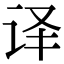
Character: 译